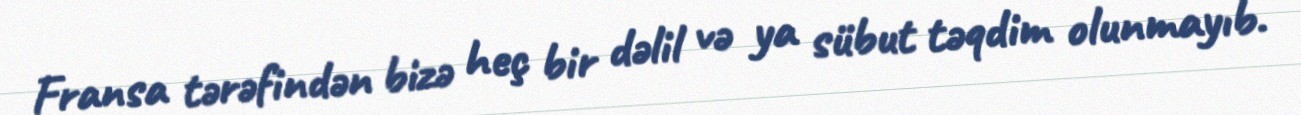
Fransa tərəfindən bizə heç bir dəlil və ya sübut təqdim olunmayıb.